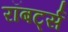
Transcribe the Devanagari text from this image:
रॉबर्ट्‍स